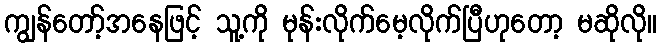
ကျွန်တော့်အနေဖြင့် သူ့ကို မုန်းလိုက်မေ့လိုက်ပြီဟုတော့ မဆိုလို။